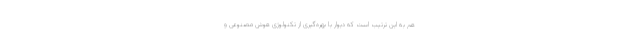
هم به این ترتیب است که دیوار با بهره‌گیری از تکنولوژی هوش مصنوعی و